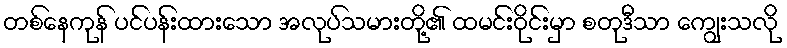
တစ်နေကုန် ပင်ပန်းထားသော အလုပ်သမားတို့၏ ထမင်းဝိုင်းမှာ စတုဒီသာ ကျွေးသလို